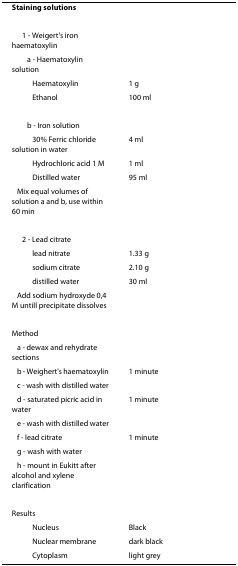
<table><thead><tr><td><b>Staining solutions</b></td><td></td></tr></thead><tbody><tr><td>1 - Weigert&#x27;s iron haematoxylin</td><td></td></tr><tr><td>a - Haematoxylin solution</td><td></td></tr><tr><td>Haematoxylin</td><td>1 g</td></tr><tr><td>Ethanol</td><td>100 ml</td></tr><tr><td>b - Iron solution</td><td></td></tr><tr><td>30% Ferric chloride solution in water</td><td>4 ml</td></tr><tr><td>Hydrochloric acid 1 M</td><td>1 ml</td></tr><tr><td>Distilled water</td><td>95 ml</td></tr><tr><td>Mix equal volumes of solution a and b, use within 60 min</td><td></td></tr><tr><td>2 - Lead citrate</td><td></td></tr><tr><td>lead nitrate</td><td>1.33 g</td></tr><tr><td>sodium citrate</td><td>2.10 g</td></tr><tr><td>distilled water</td><td>30 ml</td></tr><tr><td>Add sodium hydroxyde 0,4 M untill precipitate dissolves</td><td></td></tr><tr><td>Method</td><td></td></tr><tr><td>a - dewax and rehydrate sections</td><td></td></tr><tr><td>b - Weighert&#x27;s haematoxylin</td><td>1 minute</td></tr><tr><td>c - wash with distilled water</td><td></td></tr><tr><td>d - saturated picric acid in water</td><td>1 minute</td></tr><tr><td>e - wash with distilled water</td><td></td></tr><tr><td>f - lead citrate</td><td>1 minute</td></tr><tr><td>g - wash with water</td><td></td></tr><tr><td>h - mount in Eukitt after alcohol and xylene clarification</td><td></td></tr><tr><td>Results</td><td></td></tr><tr><td>Nucleus</td><td>Black</td></tr><tr><td>Nuclear membrane</td><td>dark black</td></tr><tr><td>Cytoplasm</td><td>light grey</td></tr></tbody></table>